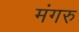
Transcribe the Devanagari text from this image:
मंगरु